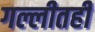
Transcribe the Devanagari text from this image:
गल्लीतही